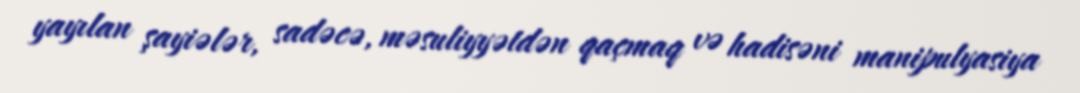
yayılan şayiələr, sadəcə, məsuliyyətdən qaçmaq və hadisəni manipulyasiya